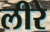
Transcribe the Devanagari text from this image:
लीरे